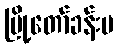
မြို့တော်ခန်းမ